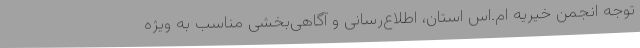
توجه انجمن خیریه ام.اس استان، اطلاع‌رسانی و آگاهی‌بخشی مناسب به ویژه